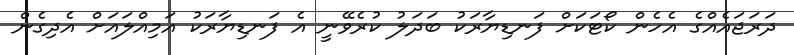
ދަރަޖައެއްގެ އެހެން ކޯޓަކަށް ފަނޑިޔާރަކު ބަދަލު ކުރެވޭނީ އެ ފަނޑިޔާރަކު އަމިއްލައަށް އެދިގެން